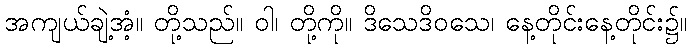
အကျယ်ချဲ့အံ့။ တို့သည်။ ဝါ၊ တို့ကို။ ဒိသေဒိဝသေ၊ နေ့တိုင်းနေ့တိုင်း၌။